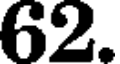
62.